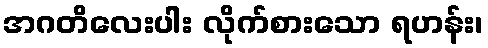
အဂတိလေးပါး လိုက်စားသော ရဟန်း၊